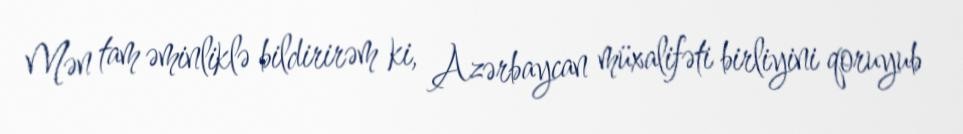
Mən tam əminliklə bildirirəm ki, Azərbaycan müxalifəti birliyini qoruyub